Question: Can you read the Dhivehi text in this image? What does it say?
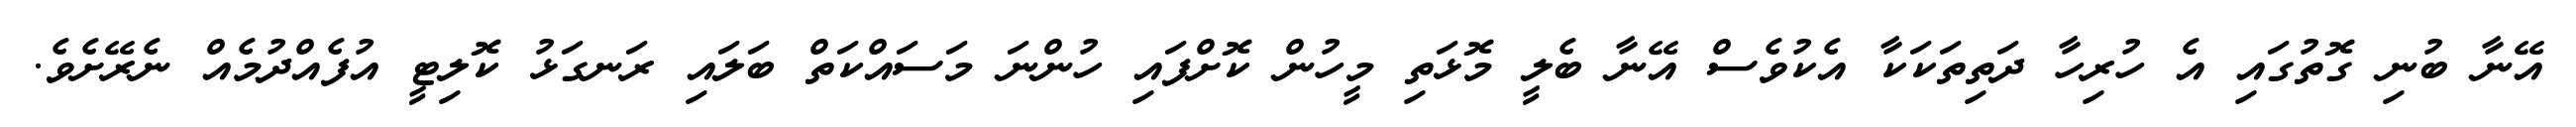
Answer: އޭނާ ބުނި ގޮތުގައި އެ ހުރިހާ ދަތިތަކަކާ އެކުވެސް އޭނާ ބެލީ މޮޅަތި މީހުން ކޮށްފައި ހުންނަ މަސައްކަތް ބަލައި ރަނގަޅު ކޮލިޓީ އުފެއްދުމެއް ނެރޭށެވެ.